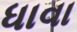
ધાવા